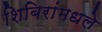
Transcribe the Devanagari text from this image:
शिबिरांमधले